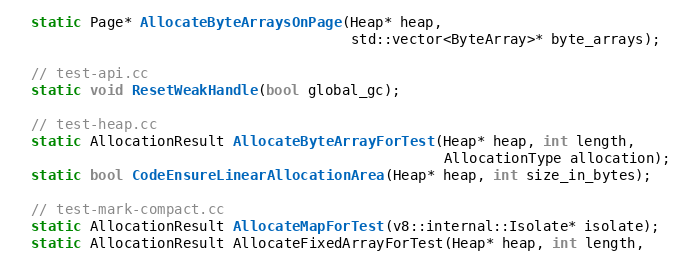
Language: C
  static Page* AllocateByteArraysOnPage(Heap* heap,
                                        std::vector<ByteArray>* byte_arrays);

  // test-api.cc
  static void ResetWeakHandle(bool global_gc);

  // test-heap.cc
  static AllocationResult AllocateByteArrayForTest(Heap* heap, int length,
                                                   AllocationType allocation);
  static bool CodeEnsureLinearAllocationArea(Heap* heap, int size_in_bytes);

  // test-mark-compact.cc
  static AllocationResult AllocateMapForTest(v8::internal::Isolate* isolate);
  static AllocationResult AllocateFixedArrayForTest(Heap* heap, int length,